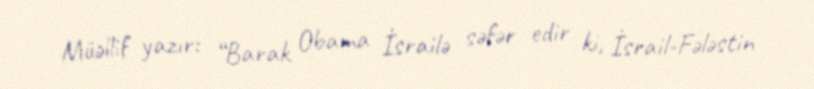
Müəllif yazır: “Barak Obama İsrailə səfər edir ki, İsrail-Fələstin